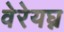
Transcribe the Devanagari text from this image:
वेरेयघ्न